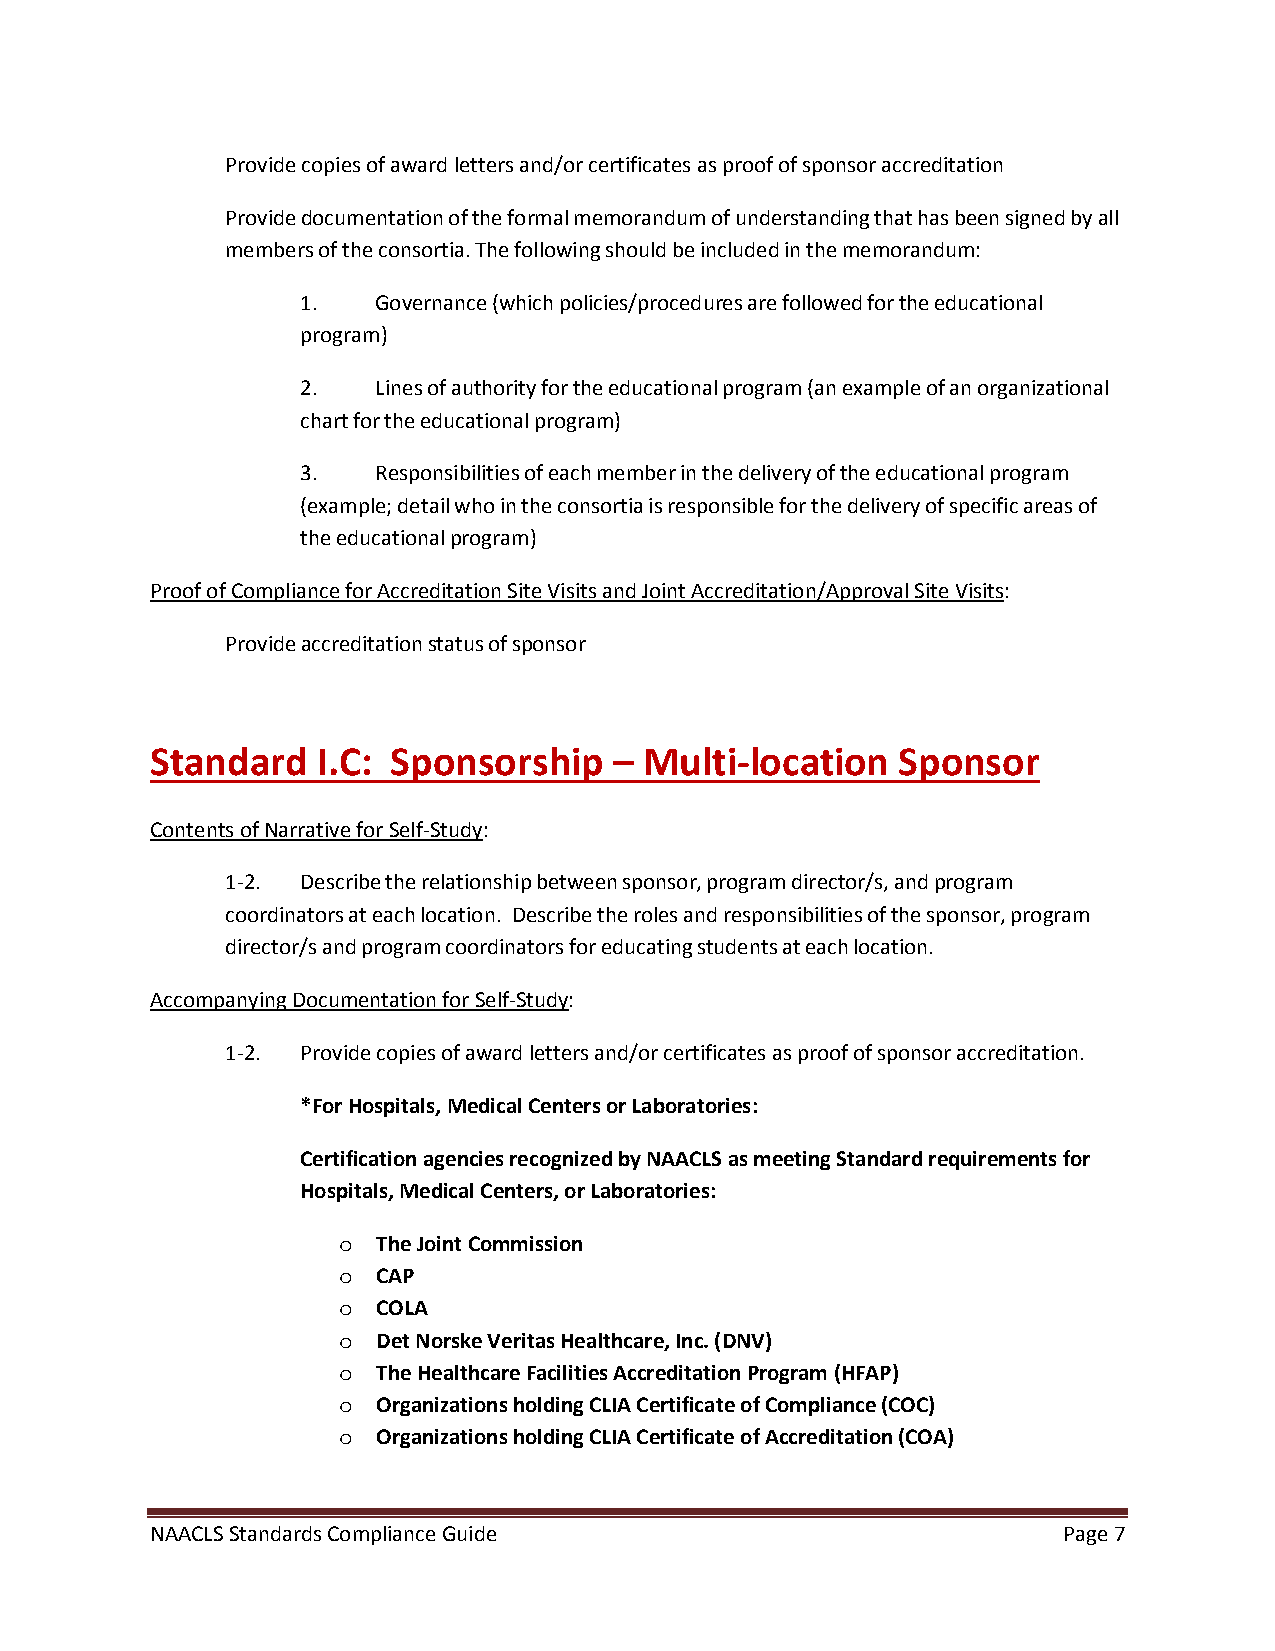
Provide copies of award letters and/or certificates as proof of sponsor accreditation
 Provide documentation of the formal memorandum of understanding that has been signed by all
 members of the consortia. The following should be included in the memorandum:
 1.   Governance (which policies/procedures are followed for the educational
 program)
 2.   Lines of authority for the educational program (an example of an organizational
 chart for the educational program)
 3.   Responsibilities of each member in the delivery of the educational program
 (example; detail who in the consortia is responsible for the delivery of specific areas of
 the educational program)
 Proof of Compliance for Accreditation Site Visits and Joint Accreditation/Approval Site Visits:
 Provide accreditation status of sponsor
 Standard   I.C: Sponsorship    – Multi-location   Sponsor
 Contents of Narrative for Self-Study:
 1-2. Describe the relationship between sponsor, program director/s, and program
 coordinators at each location. Describe the roles and responsibilities of the sponsor, program
 director/s and program coordinators for educating students at each location.
 Accompanying Documentation for Self-Study:
 1-2. Provide copies of award letters and/or certificates as proof of sponsor accreditation.
 *For Hospitals, Medical Centers or Laboratories:
 Certification agencies recognized by NAACLS as meeting Standard requirements for
 Hospitals, Medical Centers, or Laboratories:
 The Joint Commission
 o
 CAP
 o
 COLA
 o
 Det Norske Veritas Healthcare, Inc. (DNV)
 o
 The Healthcare Facilities Accreditation Program (HFAP)
 o
 Organizations holding CLIA Certificate of Compliance (COC)
 o
 Organizations holding CLIA Certificate of Accreditation (COA)
 o
 NAACLS Standards Compliance Guide                           Page 7